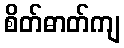
စိတ်ဓာတ်ကျ